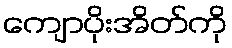
ကျောပိုးအိတ်ကို